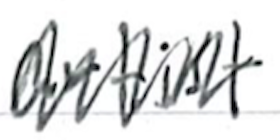
Text: artist
Cross-out: zig-zag
Writing tool: ballpoint